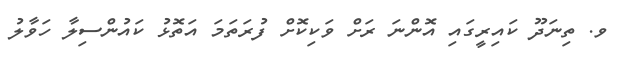
ވ. ތިނަދޫ ކައިރީގައި އޮންނަ ރަށް ވަކިކޮށް ފުރަތަމަ އަތޮޅު ކައުންސިލާ ހަވާލު